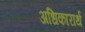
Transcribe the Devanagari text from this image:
अधिकारार्थ